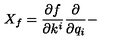
X _ { f } = \frac { \partial f } { \partial k ^ { i } } \frac { \partial } { \partial q _ { i } } -